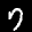
Label: 7